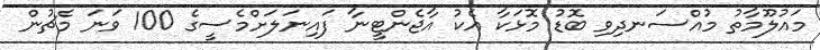
މައުލޫމާތު މުއްސަނދިވި ބޮޑު މޮޅަކާ އެކު އާޖެންޓީނާ ފައިނަލަށްމެސީގެ 100 ވަނަ މެޗުން